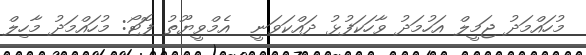
މުހައްމަދު ޖަމީލް އަހުމަދު ވާހަކަފުޅު ދައްކަވަނީ  އެމްވީޔޫތު ފޮޓޯ: މުހައްމަދު މާހިލް